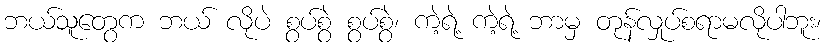
ဘယ်သူတွေက ဘယ် လိုပဲ စွပ်စွဲ စွပ်စွဲ၊ ကဲ့ရဲ့ ကဲ့ရဲ့ ဘာမှ တုန်လှုပ်စရာမလိုပါဘူး၊